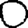
Digit: 0